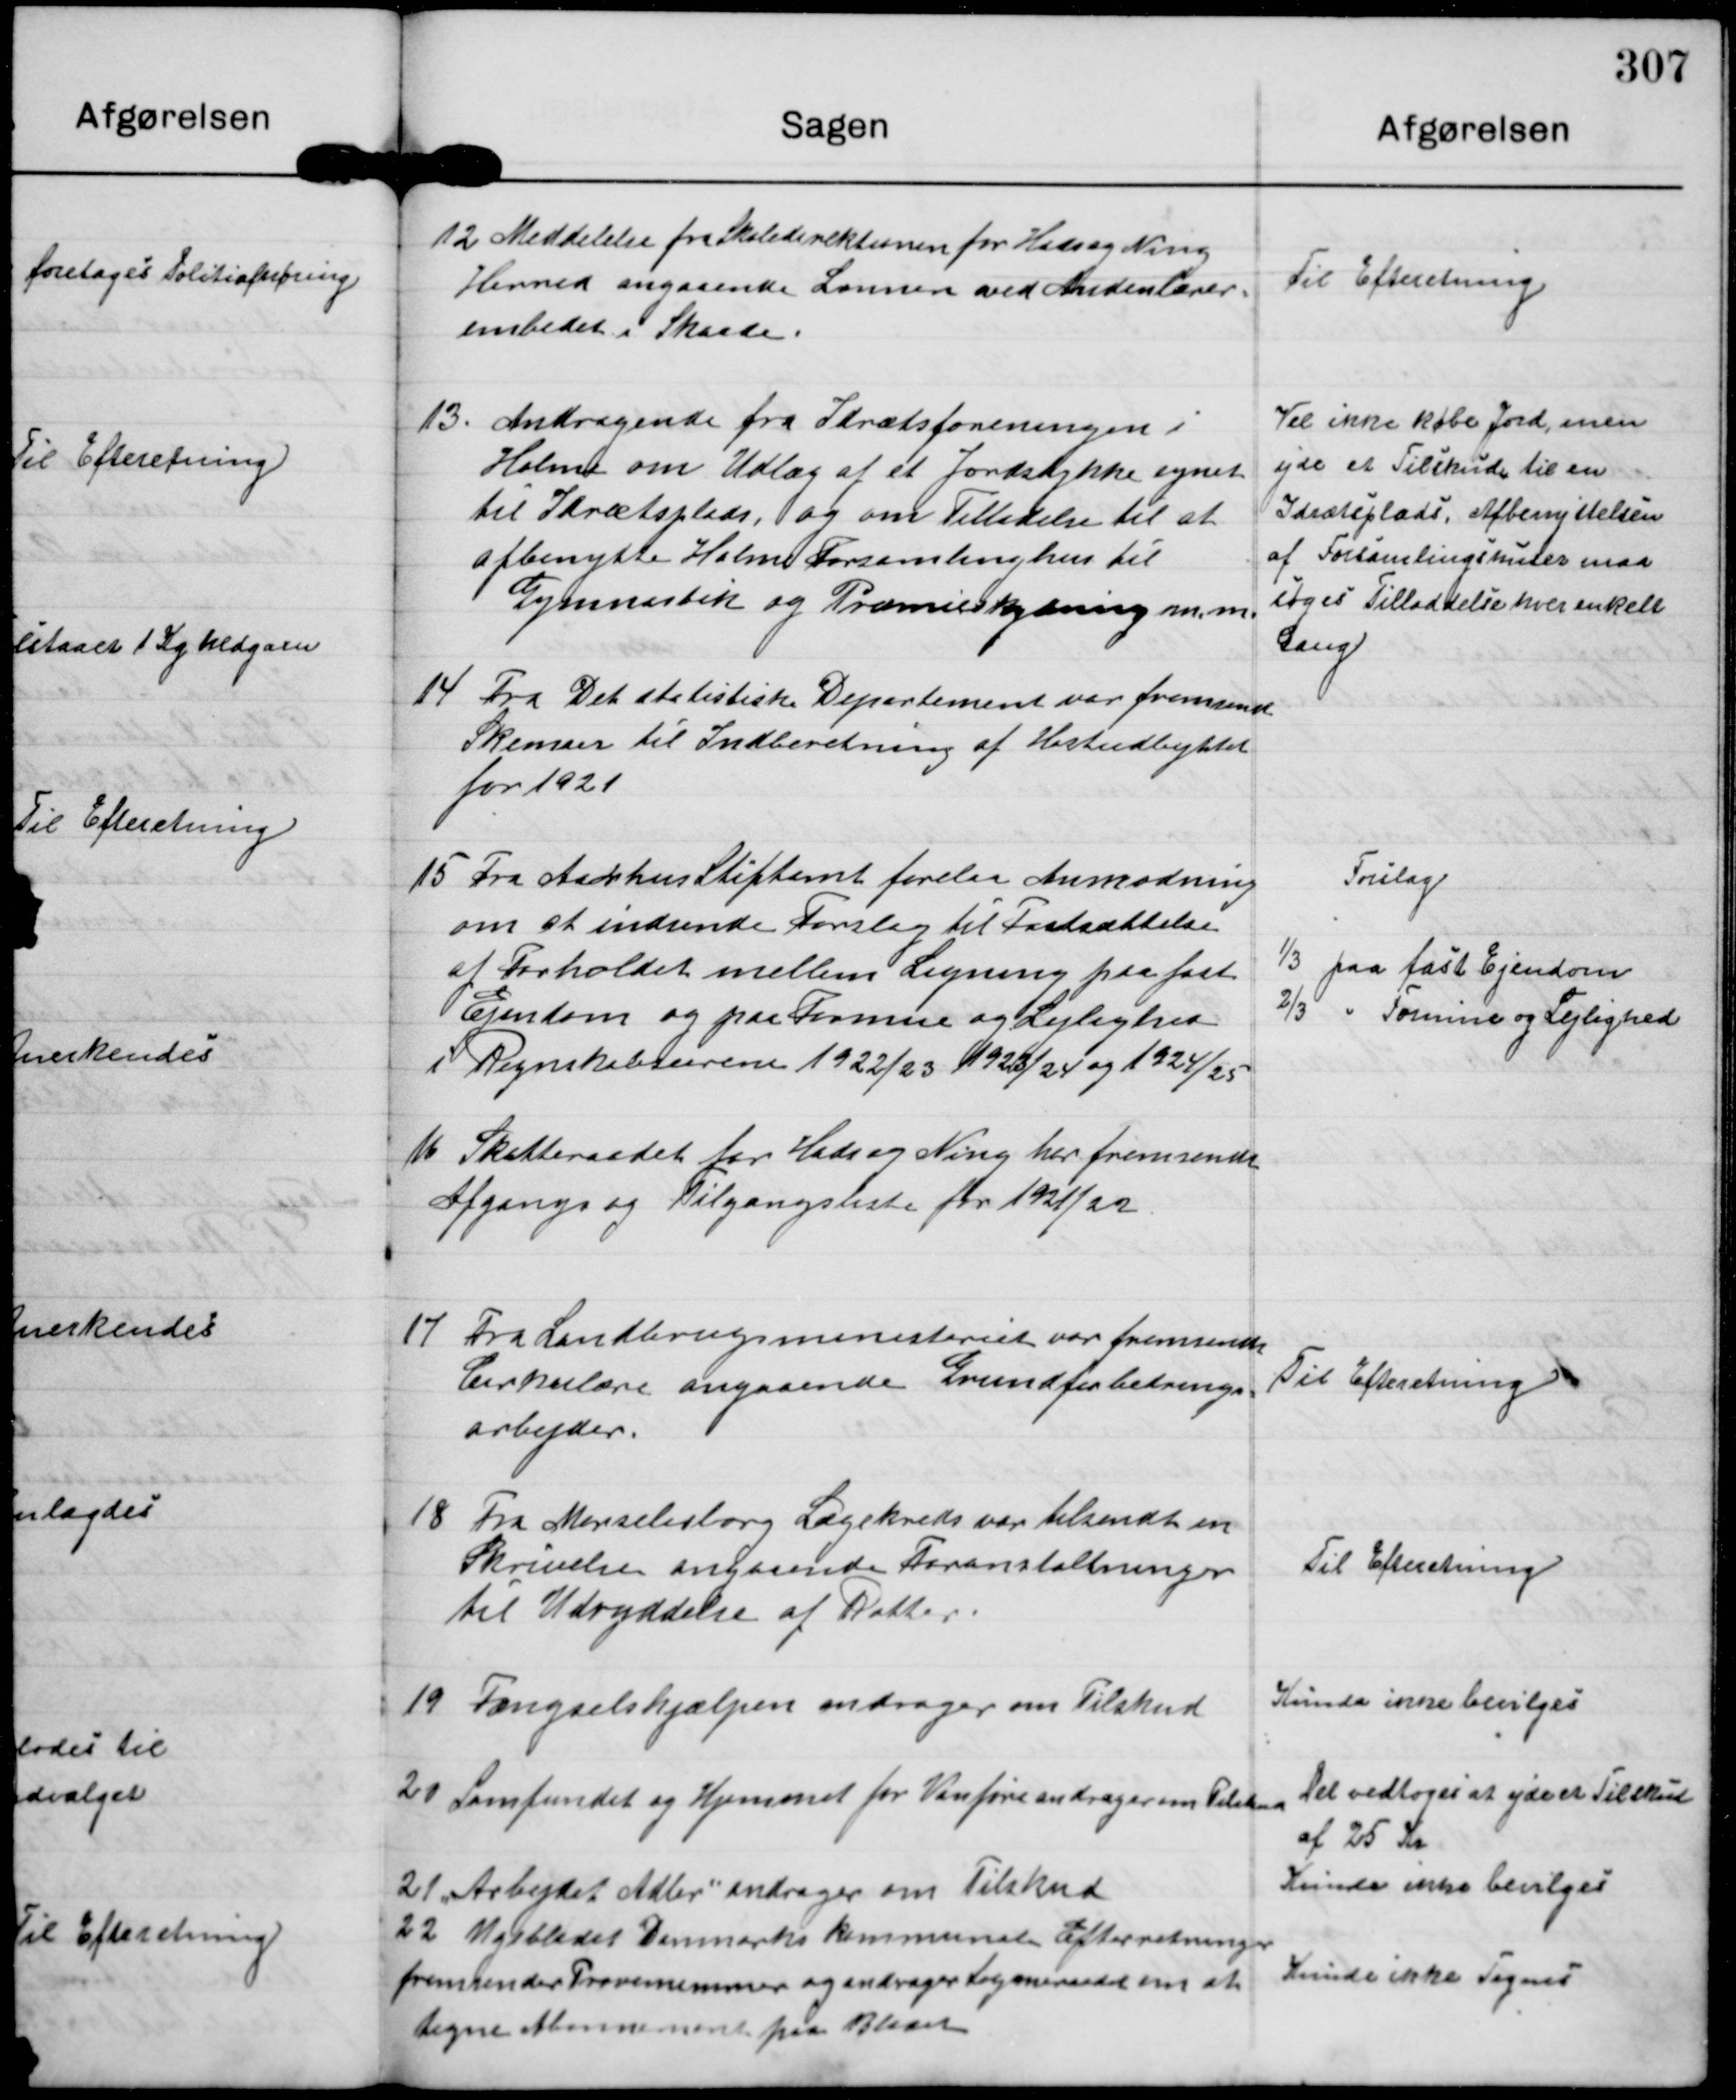
Transskription:
12 Meddelelse fra Skoledirektionen for Hads og Ning
Herred angaaende Lønnen ved Andenlærer-
embedet i Skaade.

Til Efteretning.

13. Andragende fra Idrætsforeningen i
Holme om Udlæg af et Jordstykke egnet
til Idrætsplads, og om Tilladelse til at
afbenytte Holme Forsamlinghus til
Gymnastik og Præmieskydning m.m.

Vil ikke købe Jord, men
yde et Tilskud til en
Idrætsplads. Afbenyttelsen
af Forsamlingshuset maa
søges Tilladelse hver enkelt
Gang

14 Fra Det statistiske Departement var fremsend
Skemaer til Indberetning af Høstudbyttet
for 1921.

15 Fra Aarhus Stiftamt forelaa Anmodning
om at indsende Forslag til Fastsættelse
at Forholdet mellem Ligning paa fast
Ejendom og paa Formue og Lejlighed
i Regnskabsaarene 1922/23 1923/24 og 1924/25

Forslag
1/3 paa fast Ejendom
2/3 " Formue og Lejlighed

16 Skatteraadet for Hads og Ning har fremsendt
Afgangs og Tilgangsliste for 1921/22.

17 Fra Landbrugsministeriet var fremsendt
Cirkulære angaaende Grundforbedrings-
arbejder.

Til Efteretning .

18 Fra Marselisborg Lægekreds var tilsendt en
Skrivelse angaaende Foranstaltninger
til Udryddelse af Rotter

Til Efteretning

19 Fængselshjælpen andrager om Tilskud

Kunde ikke bevilges

21 Samfundet og Hjemmet for Vanføre andrager om Tilskud

Det vedtoges at yde et Tilskud
af 25 Kr.

21 "Arbejdet Adler" andrager om Tilskud

Kunde ikke bevilges

22. Ugebladet Danmarks kommunale Efterretninger
fremsender Prøvenummer og andrager Sogneraadet om at
tegne Abonnement paa Bladet

Kunde ikke Tegnes